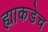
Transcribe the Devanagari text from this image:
ह्याकडेच